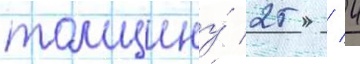
толщину́ 25 / 4